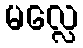
မလ္လေ